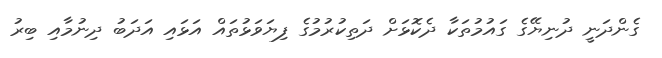
ގެންދަނީ ދުނިޔޭގެ ގައުމުތަކާ ދެކޮޅަށް ދަތިކުރުމުގެ ފިޔަވަޅުތައް އަޅައި އަދަބު ދިނުމާއި ބިރު